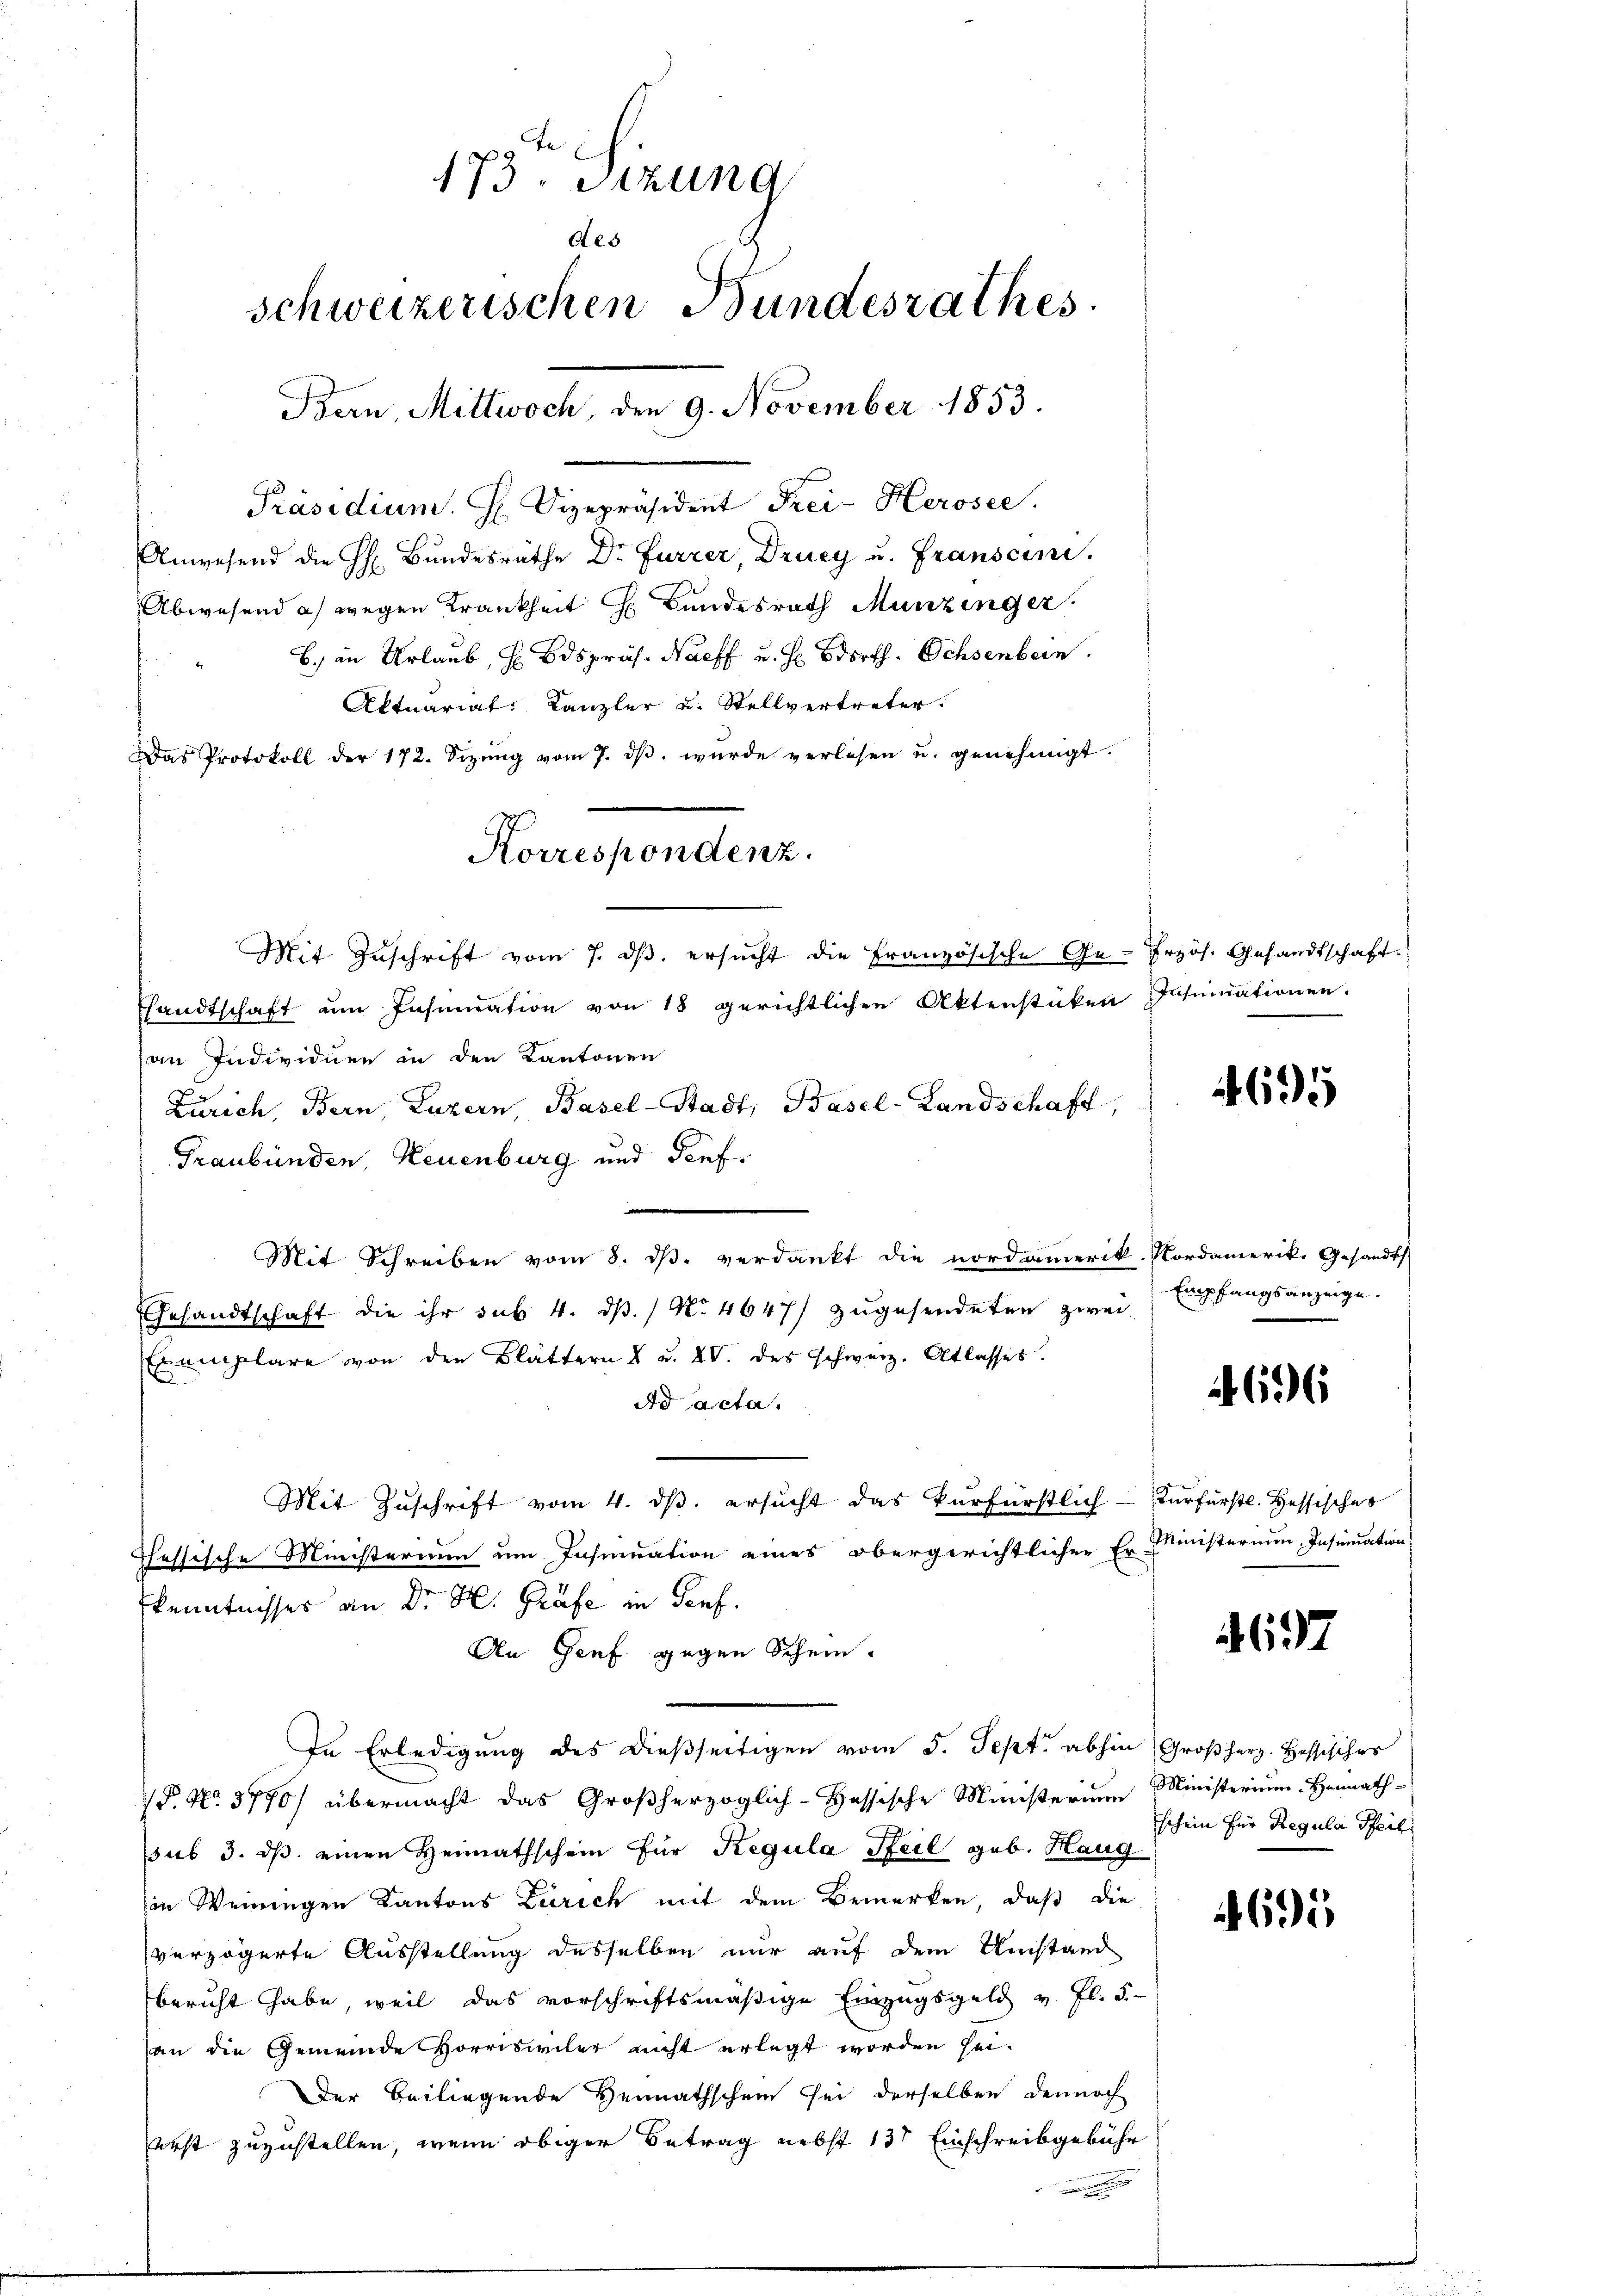
Abwesend a) wegen Krankheit H. Bundesrath Munzinger.
B. in Urlaub, H Bdspräs. Nacff u. s. Bdorth. Ochsenbern
Aktuariat Kanzler u. Stellvertreter.
Das Protokoll der 172. Sizŭng vom 7. dβ. wurde verlesen u. genehmigt.

Korrespondenz.
Mit Zuschrift vom 7. ds. ersucht die Französische Ge-

173. Sizung
des
schweizerischen Bundesrathes
Bern, Mittwoch, den 9. November 1853.
Präsidium. H. Vizepräsident Frei- Herosee.
Anwesend die H. Bŭndesräthe Dr. Furrer, Drucy u. Franscini.

shandtschaft am Insumation von 18 gerichtlichen Aktenstüken
an Individuen in den Kantonen
Zürich, Bern, Luzern Basel-Stadt, Basel-Landschaft,
Graubünden, Neuenburg und darf.
Gesandtschaft die ihr sub. 4. dß. / No 4647/ zugesendeten zwei
Exemplare von den Blättern 8 u. XV. des Schweiz. Atlasses.
Ad acta.
Mit Zŭschrift vom 4. dβ. ersŭcht das kurfürstlich-Fürfürstl. Hessischer
Chassische Ministerium um Insinuation eines obergerichtlicher Er- Ministerium Insumation
kenntnisses an Dr. H. Gräfe in Genf.
An Genf gegen Schein.
In Erledigung des dießseitigen vom 5. Sept. abhin Großherz. Hessisches
P. No. 3770) übermacht das Großherzoglich-Hessische Ministerium Ministerium. Heimath-
sub 3. ds. einen Heimathschein für Regula Pfeil geb. Haug
in Weinigen Kantons Zürich mit dem Bemerken, daß die
verzögerte Ausstellung desselben nur auf dem Umstand
bericht habe, weil das vorschriftsmäßige Einzugsgeld v. fl. 5.-
an die Gemeinde Vorriswiler nicht erlegt worden sei.
Der Beiliegende Hennathschein sei derselben dennoch
Verst zuzustellen, wenn obiger Betrag nebst 13t Einschreibgebühr
n

Mit Schreiben vom 8. ds. verdankt die nordamerik. Nordamerike Gesandts

frzös. Gesandtschaft.
Insinuationen.

695

Empfangsanzeige.

696

4697

schein für Regula Pfeili

695